Papaver somniferum - Opium : an extract from the sixth volume of the Dictionary of Economic Products of India
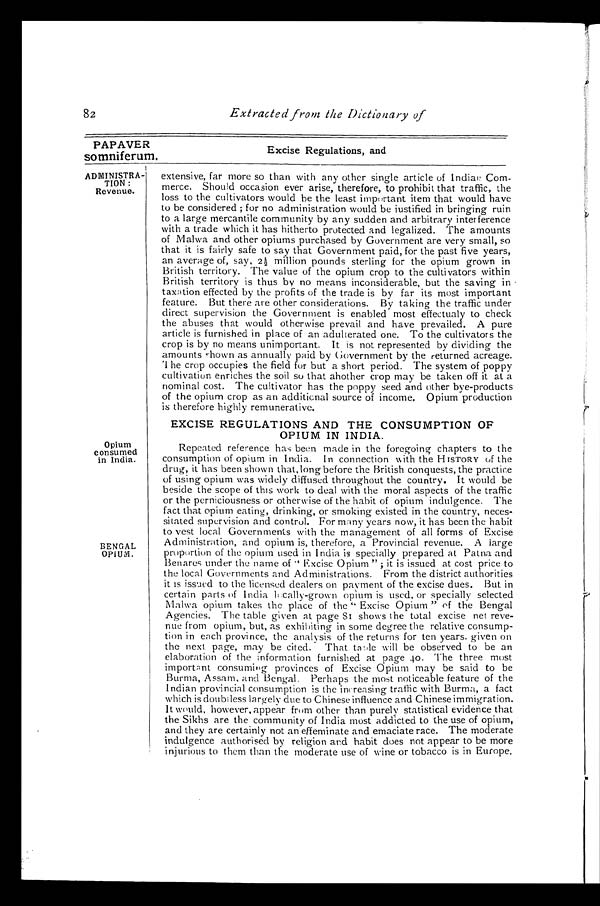
82
Extracted from the Dictionary of
PAPAVER
Excise Regulations, and
somniferum.
ADMINISTRA- extensive, far more so than with any other single article of Indian Com-
TION :merce. Should occasion ever arise, therefore, to prohibit that traffic, the
Revenue.
loss to the cultivators would be the least important item that would have
to be considered ; for no administration would be justified in bringing ruin
to a large mercantile community by any sudden and arbitrary interference
with a trade which it has hitherto protected and legalized. The amounts
of Malwa and other opiums purchased by Government are very small, so
that it is fairly safe to say that Government paid, for the past five years,
an average of, say, 2½ million pounds sterling for the opium grown in
British territory. The value of the opium crop to the cultivators within
British territory is thus by no means inconsiderable, but the saving in
taxation effected by the profits of the trade is by far its most important
feature. But there are other considerations. By taking the traffic under
direct supervision the Government is enabled most effectualy to check
the abuses that would otherwise prevail and have prevailed. A pure
article is furnished in place of an adulterated one. To the cultivators the
crop is by no means unimportant. It is not represented by dividing the
amounts shown as annually paid by Government by the returned acreage.
he crop occupies the field for but a short period. The system of poppy
cultivation enriches the soil so that ahother crop may be taken off it at a
nominal cost. The cultivator has the poppy seed and other bye-products
of the opium crop as an additional source of income. Opium production
is therefore highly remunerative.
EXCISE REGULATIONS AND THE CONSUMPTION OF
OPIUM IN INDIA.
Opium
Repeated reference has been made in the foregoing chapters to the
consumed in India. consumption of opium in India. In connection with the HISTORY of the
drug, it has been shown that, long before the British conquests, the practice
of using opium was widely diffused throughout the country. It would be
beside the scope of this work to deal with the moral aspects of the traffic
or the perniciousness or otherwise of the habit of opium indulgence. The
fact that opium eating, drinking, or smoking existed in the country, neces--
sitated supervision and control. For many years now, it has been the habit
to vest local Governments with the management of all forms of Excise
Administration, and opium is, therefore, a Provincial revenue. A large
BENGAL OPIUM. proportion of the opium used in India is specially prepared at Patna and
Benares under the name of" Excise Opium " ; it is issued at cost price to
the local Governments and Administrations. From the district authorities
it is issued to the licensed dealers on payment of the excise dues. But in
certain parts of India locally-grown opium is used, or specially selected
Malwa opium takes the place of the " Excise Opium " of the Bengal
Agencies. The table given at page 81 shows the total excise net reve
-nue from opium, but, as exhibiting in some degree the relative consump
-tion in each province, the analysis of the returns for ten years. given on
the next page, may be cited. That table will be observed to be an
elaboration of the information furnished at page 40. The three most
important consuming provinces of Excise Opium may be said to be
Burma, Assam, and Bengal. Perhaps the most noticeable feature of the
Indian provincial consumption is the increasing traffic with Burma, a fact
which is doubtless largely due to Chinese influence and Chinese immigration.
It would, however, appear from other than purely statistical evidence that
the Sikhs are the community of India most addicted to the use of opium,
and they are certainly not an effeminate and emaciate race. The moderate
indulgence authorised by religion and habit does not appear to be more
injurious to them than the moderate use of wine or tobacco is in Europe.